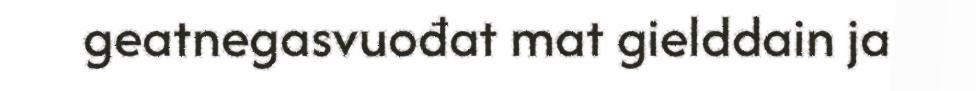
geatnegasvuođat mat gielddain ja